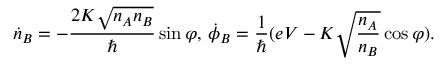
{ \dot { n } } _ { B } = - { \frac { 2 K { \sqrt { n _ { A } n _ { B } } } } { \hbar } } \sin \varphi , \, { \dot { \phi } } _ { B } = { \frac { 1 } { \hbar } } ( e V - K { \sqrt { \frac { n _ { A } } { n _ { B } } } } \cos \varphi ) .